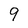
Character: 9